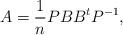
LaTeX: \begin{align*}A=\frac{1}{n} P B B^t P^{-1}, \end{align*}